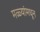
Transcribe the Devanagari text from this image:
मळ्यांमधून